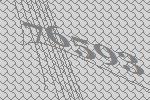
76593